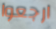
ارجعوا